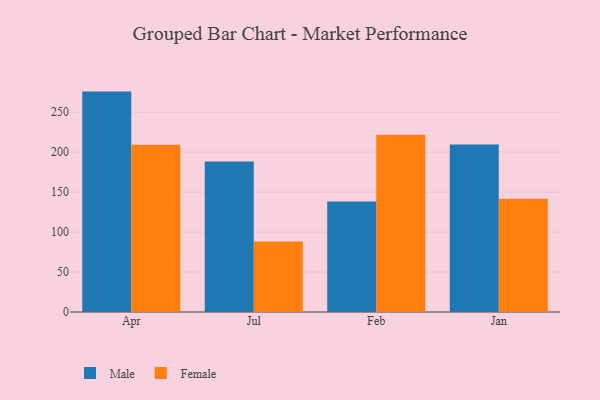
{"axis": {"x": "Month", "y": "Temperature (°C)"}, "legend": ["Female", "Male"], "data": [{"x": "Apr", "y": 275.8, "type": "Male"}, {"x": "Apr", "y": 209.2, "type": "Female"}, {"x": "Jul", "y": 188.3, "type": "Male"}, {"x": "Jul", "y": 88.1, "type": "Female"}, {"x": "Feb", "y": 138.4, "type": "Male"}, {"x": "Feb", "y": 221.8, "type": "Female"}, {"x": "Jan", "y": 209.7, "type": "Male"}, {"x": "Jan", "y": 141.6, "type": "Female"}]}